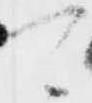
可